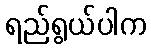
ရည်ရွယ်ပါက